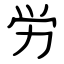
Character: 労